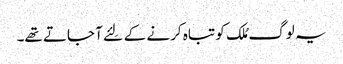
یہ لوگ مُلک کو تباہ کرنے کے لِئے آ جاتے تھے۔